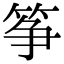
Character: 筝